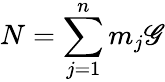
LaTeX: N=\sum_{j=1}^{n}m_{j}\mathscr{G}